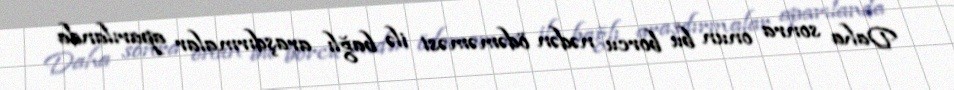
Daha sonra onun bu borcu nədən ödəməməsi ilə bağlı araşdırmalar aparılanda